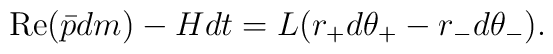
{\rm Re}(\bar{p}dm)-Hdt=L(r_{+}d\theta_{+}-r_{-}d\theta_{-}).